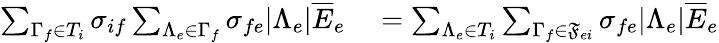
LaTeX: \begin{array}{rl}{\sum_{\Gamma_{f}\in T_{i}}\sigma_{if}\sum_{\Lambda_{e}\in\Gamma_{f}}\sigma_{fe}\lvert\Lambda_{e}\rvert\overline{{E}}_{e}}&{{}=\sum_{\Lambda_{e}\in T_{i}}\sum_{\Gamma_{f}\in\mathfrak{F}_{ei}}\sigma_{fe}\lvert\Lambda_{e}\rvert\overline{{E}}_{e}}\end{array}